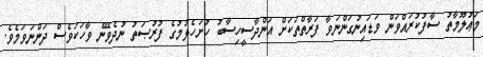
މަޢުލޫމާތު ސާފުކުރައްވަން ވަޑައިނުގަންނަވާ ފަރާތްތަކަށް އަންދާސީހިސާބު ހުށަހެޅުމުގެ ފުރުޞަތު ނުދެވޭނެ ވާހަކަވެސް ދަންނަވަމެވެ.